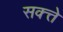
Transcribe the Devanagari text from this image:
सक्त्ते